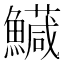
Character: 𩼘